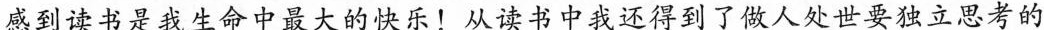
感到读书是我生命中最大的快乐！从读书中我还得到了做人处世要独立思考的